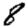
Digit: 8